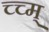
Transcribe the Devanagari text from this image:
च्च्म्